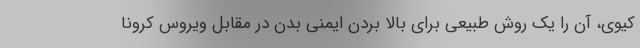
کیوی، آن را یک روش طبیعی برای بالا بردن ایمنی بدن در مقابل ویروس کرونا